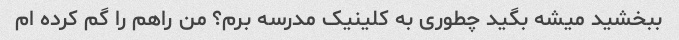
ببخشید میشه بگید چطوری به کلینیک مدرسه برم؟ من راهم را گم کرده ام